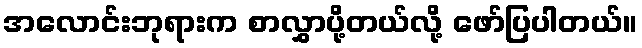
အလောင်းဘုရားက စာလွှာပို့တယ်လို့ ဖော်ပြပါတယ်။